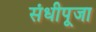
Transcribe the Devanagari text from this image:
संधीपूजा